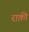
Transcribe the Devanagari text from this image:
राक़ी